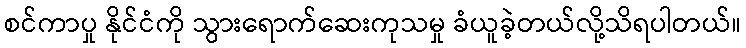
စင်ကာပှု နိုင်ငံကို သွားရောက်ဆေးကုသမှု ခံယူခဲ့တယ်လို့သိရပါတယ်။